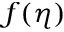
f ( \eta )